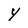
Character: Y